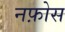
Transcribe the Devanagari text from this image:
नफ़ोस